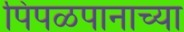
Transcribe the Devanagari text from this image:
पिंपळपानाच्या